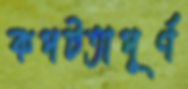
কপটতাপূর্ণ